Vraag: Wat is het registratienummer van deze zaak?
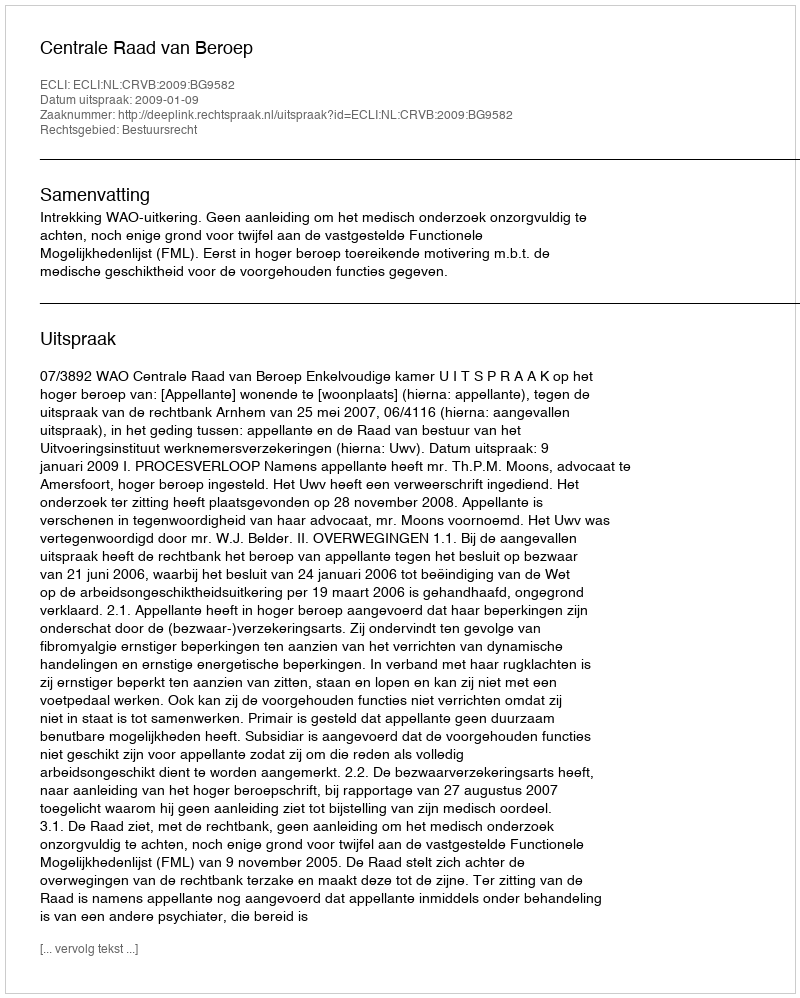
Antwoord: http://deeplink.rechtspraak.nl/uitspraak?id=ECLI:NL:CRVB:2009:BG9582